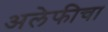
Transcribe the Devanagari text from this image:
अलेफीचा